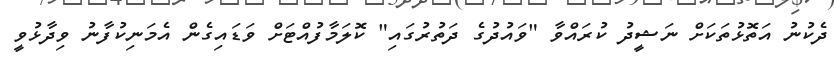
ދެކުނު އަތޮޅުތަކަށް ނަޝީދު ކުރައްވާ "ވައުދުގެ ދަތުރުގައި" ކޮލަމާފުއްޓަށް ވަޑައިގެން އެމަނިކުފާނު ވިދާޅުވީ